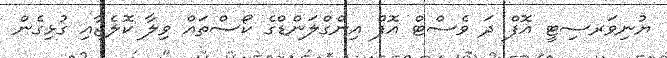
ޔުނިވަރސިޓީ އޮފް ދަ ވެސްޓް އޮފް އިންގްލަންޑްގެ ކޯސްތައް ވިލާ ކޮލެޖާއި ގުޅިގެން